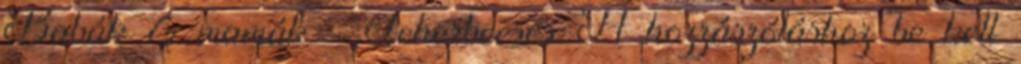
Babák & mamák » Teherbeesés A hozzászóláshoz be kell